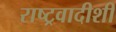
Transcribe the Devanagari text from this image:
राष्ट्रवादीशी